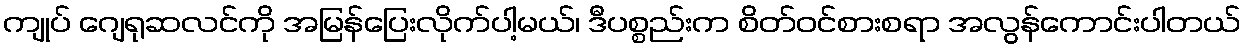
ကျုပ် ဂျေရုဆလင်ကို အမြန်ပြေးလိုက်ပါ့မယ်၊ ဒီပစ္စည်းက စိတ်ဝင်စားစရာ အလွန်ကောင်းပါတယ်